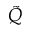
\tilde { Q }